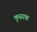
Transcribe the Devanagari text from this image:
कुसाक